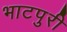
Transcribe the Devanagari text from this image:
भाटपुरी